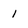
Character: 1